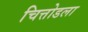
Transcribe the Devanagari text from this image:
चित्तोडला